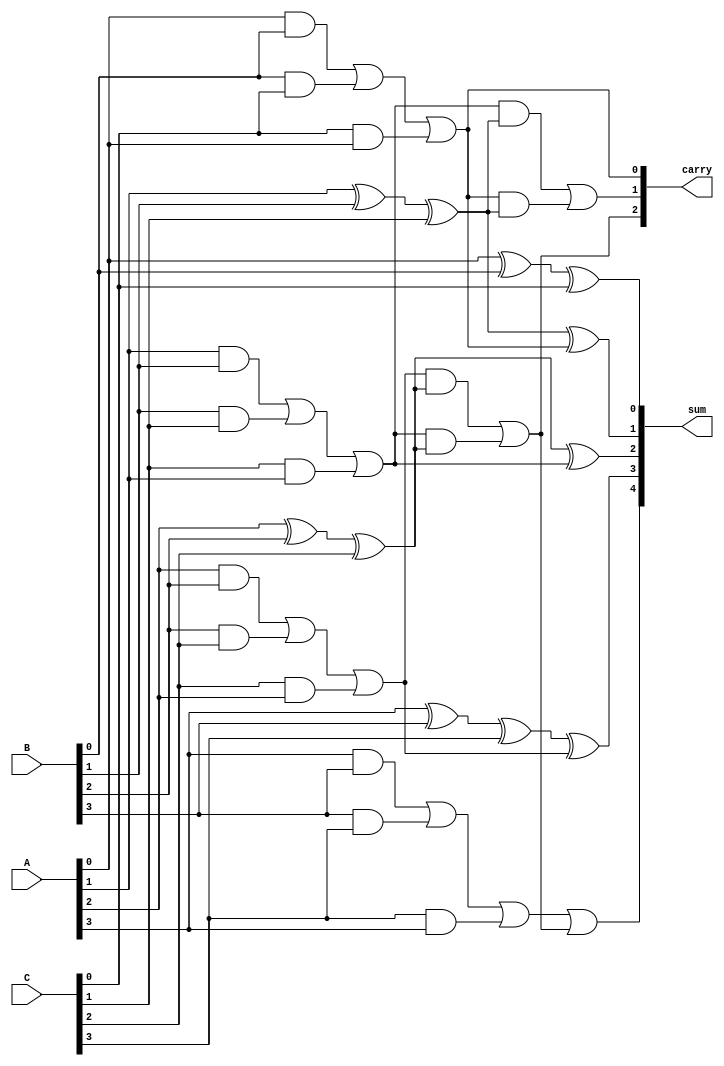
module DynamicCarrySaveAdder (
    input [3:0] A, // First operand
    input [3:0] B, // Second operand
    input [3:0] C, // Third operand
    output [4:0] sum, // Sum output (5 bits to accommodate carry)
    output [4:0] carry // Carry output
);

    wire [4:0] sum_temp; // Temporary sum
    wire [4:0] carry_temp; // Temporary carry

    // Compute sum and carry for each bit
    assign sum_temp[0] = A[0] ^ B[0] ^ C[0];
    assign carry_temp[0] = (A[0] & B[0]) | (B[0] & C[0]) | (C[0] & A[0]);

    assign sum_temp[1] = A[1] ^ B[1] ^ C[1];
    assign carry_temp[1] = (A[1] & B[1]) | (B[1] & C[1]) | (C[1] & A[1]);

    assign sum_temp[2] = A[2] ^ B[2] ^ C[2];
    assign carry_temp[2] = (A[2] & B[2]) | (B[2] & C[2]) | (C[2] & A[2]);

    assign sum_temp[3] = A[3] ^ B[3] ^ C[3];
    assign carry_temp[3] = (A[3] & B[3]) | (B[3] & C[3]) | (C[3] & A[3]);

    // Final carry computation
    assign sum[0] = sum_temp[0];
    assign sum[1] = sum_temp[1] ^ carry_temp[0];
    assign carry[0] = carry_temp[0];

    assign sum[2] = sum_temp[2] ^ carry_temp[1];
    assign carry[1] = (carry_temp[1] & sum_temp[1]) | (carry_temp[0] & sum_temp[1]);

    assign sum[3] = sum_temp[3] ^ carry_temp[2];
    assign carry[2] = (carry_temp[2] & sum_temp[2]) | (carry_temp[1] & sum_temp[2]);

    assign sum[4] = carry_temp[3] | carry[2]; // Final carry out

endmodule